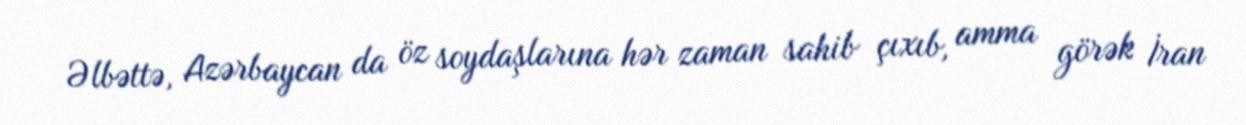
Əlbəttə, Azərbaycan da öz soydaşlarına hər zaman sahib çıxıb, amma görək İran